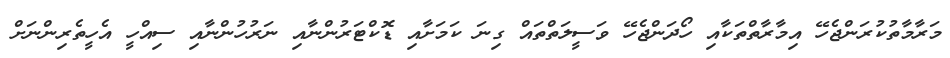
މަރާމާތުކުރަންޖެހޭ އިމާރާތްތަކާއި ހޯދަންޖެހޭ ވަސީލަތްތައް ގިނަ ކަމަށާއި ޑޮކްޓަރުންނާއި ނަރުހުންނާއި ސިއްހީ އެހީތެރިންނަށް